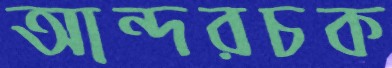
আন্দরচক